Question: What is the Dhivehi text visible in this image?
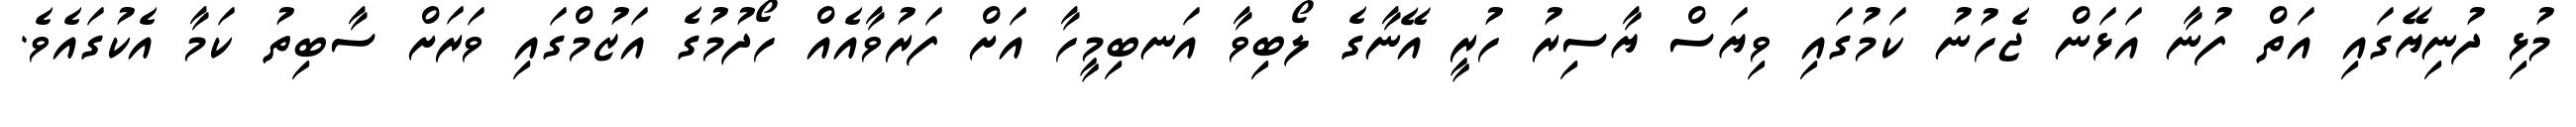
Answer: މުޅި ދުނިޔޭގައި އަތް ފުނާ އަޅަން ޖެހުނު ކަމުގައި ވިޔަސް ޔާސިރު ހުރީ އޭނާގެ ލޯބިވާ އަނބިމީހާ އަށް ފަރުވާއެއް ހޯދުމުގެ އަޒުމްގައި ވަރަށް ސާބިތު ކަމާ އެކުގައެވެ.